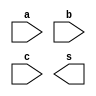
module gf256_mac(
    input [7:0] a,
    input [7:0] b,
    input [7:0] c,

    output [7:0] s
);

endmodule